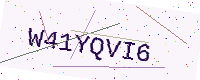
Text: W41YQVI6